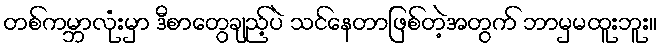
တစ်ကမ္ဘာလုံးမှာ ဒီစာတွေချည့်ပဲ သင်နေတာဖြစ်တဲ့အတွက် ဘာမှမထူးဘူး။